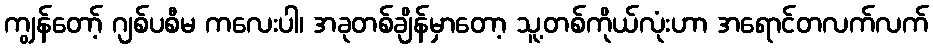
ကျွန်တော့် ဂျစ်ပစီမ ကလေးပါ၊ အခုတစ်ချိန်မှာတော့ သူ့တစ်ကိုယ်လုံးဟာ အရောင်တလက်လက်